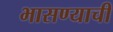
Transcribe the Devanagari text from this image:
भासण्याची